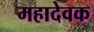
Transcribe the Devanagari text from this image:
महादेवक